画像に写った文字を読んでください
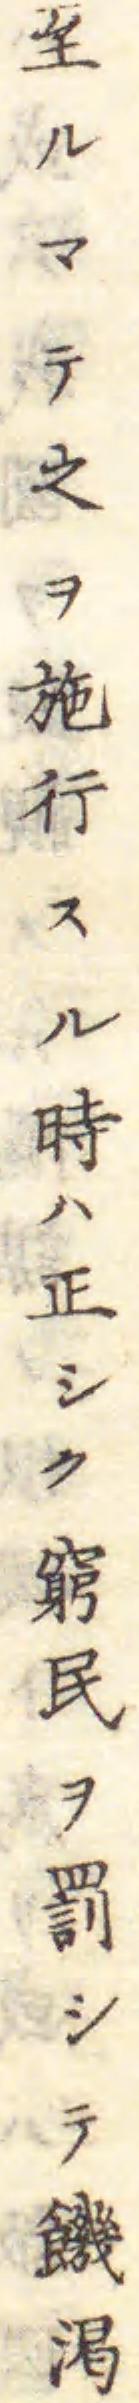
「至ルマテ之ヲ施行スル時ハ正シク窮民ヲ罰シテ饑渇」と書いてあります